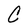
Character: C